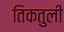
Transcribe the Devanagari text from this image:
तिकतुली